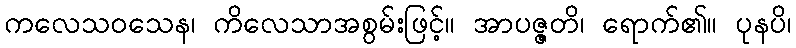
ကလေသဝသေန၊ ကိလေသာအစွမ်းဖြင့်။ အာပဇ္ဇတိ၊ ရောက်၏။ ပုနပိ၊